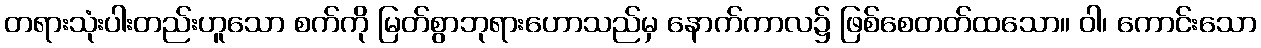
တရားသုံးပါးတည်းဟူသော စက်ကို မြတ်စွာဘုရားဟောသည်မှ နောက်ကာလ၌ ဖြစ်စေတတ်ထသော။ ဝါ၊ ကောင်းသော